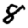
Digit: 8